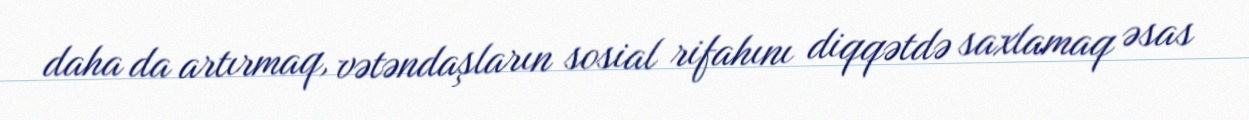
daha da artırmaq, vətəndaşların sosial rifahını diqqətdə saxlamaq əsas